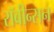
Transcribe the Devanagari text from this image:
रॉबीन्सन